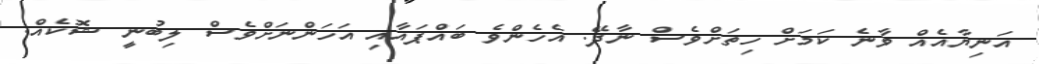
އަނިޔާއެއް ވާނެ ކަމަށް ހިތަށްވެސް ނާދޭ. އެހެންވެ ބައްޕައާއި އަހަންނަށްވެސް ލިބުނީ ޝޮކެއް.